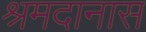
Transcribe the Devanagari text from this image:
श्रमदानास